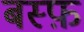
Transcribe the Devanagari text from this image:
बस्फ़